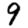
Digit: 9